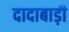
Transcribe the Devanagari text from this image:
दादाबाड़ी